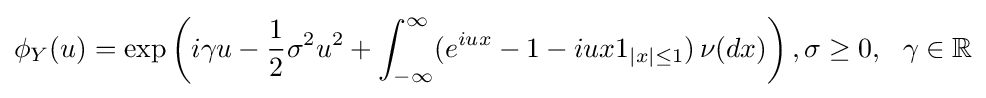
\phi _{Y}(u)=\exp \left(i\gamma u-{\frac {1}{2}}\sigma ^{2}u^{2}+\int _{-\infty }^{\infty }(e^{iux}-1-iux1_{|x|\leq 1})\,\nu (dx)\right),\sigma \geq 0,~~\gamma \in \mathbb {R}